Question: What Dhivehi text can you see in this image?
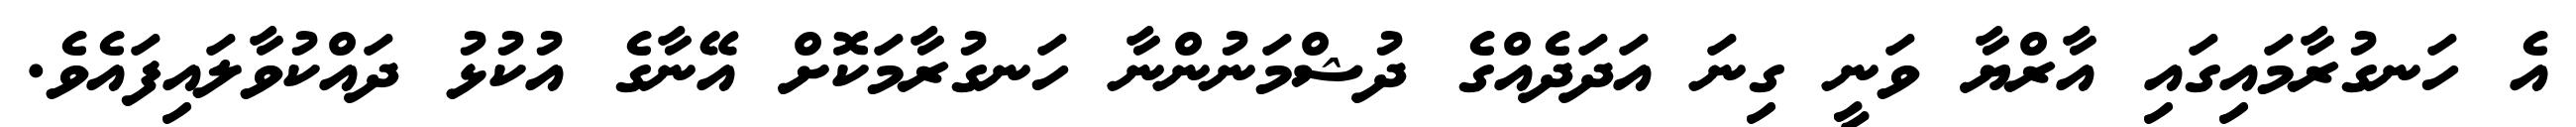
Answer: އެ ހަނގުރާމައިގައި އާރްޔާ ވަނީ ގިނަ އަދަދެއްގެ ދުޝްމަނުންނާ ހަނގުރާމަކޮށް އޭނާގެ އުކުޅު ދައްކުވާލައިފައެވެ.